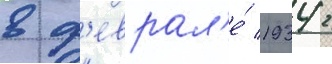
в ф'еврал'е́ 1934 г